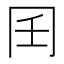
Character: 𰃧